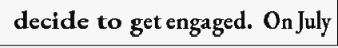
decide to get engaged.  On July